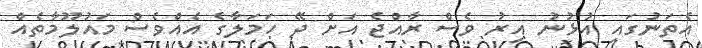
އެތަނުގައި އުޅުނު އިރު ވެސް ރާއްޖެ އަށް ދޭ ހަމަލާގެ އެއްވެސް މައުލޫމާތެއް